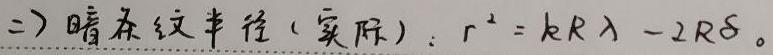
二）暗条纹半径（实际）：$r^{2}=kR\lambda - 2R\delta$。